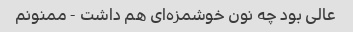
عالی بود چه نون خوشمزه‌ای هم داشت - ممنونم